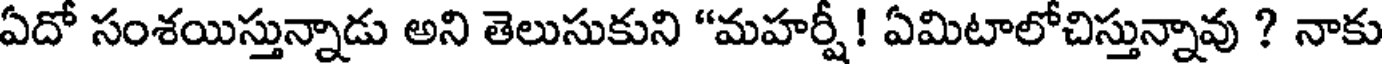
ఏదో సంశయిస్తున్నాడు అని తెలుసుకుని "మహర్షీ! ఏమిటాలోచిస్తున్నావు ? నాకు